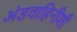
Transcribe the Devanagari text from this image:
अंडवाहिनीशी